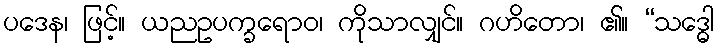
ပဒေန၊ ဖြင့်။ ယညဥပက္ခရောဝ၊ ကိုသာလျှင်။ ဂဟိတော၊ ၏။ “သဒ္ဓေါ